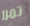
تمرر